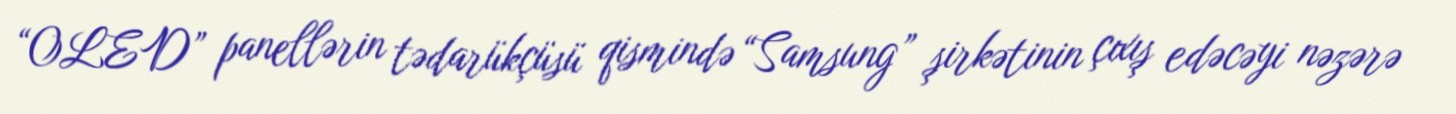
“OLED” panellərin tədarükçüsü qismində “Samsung” şirkətinin çıxış edəcəyi nəzərə